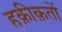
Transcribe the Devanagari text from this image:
हक़ीक़तों